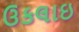
ઉકલાઇ